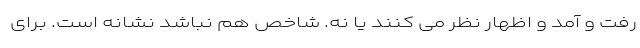
رفت و آمد و اظهار نظر می کنند یا نه. شاخص هم نباشد نشانه است. برای